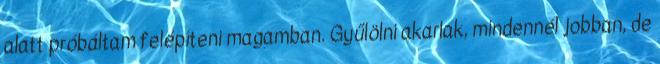
alatt próbáltam felépíteni magamban. Gyűlölni akarlak, mindennél jobban, de